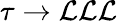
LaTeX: \tau\to\mathcal{L}\mathcal{L}\mathcal{L}